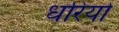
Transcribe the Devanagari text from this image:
धरियो